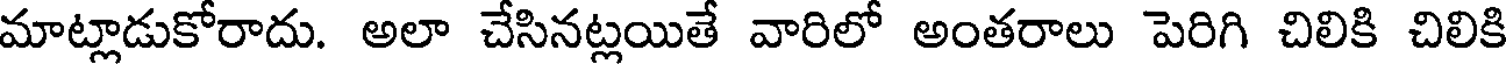
మాట్లాడుకోరాదు. అలా చేసినట్లయితే వారిలో అంతరాలు పెరిగి చిలికి చిలికి